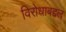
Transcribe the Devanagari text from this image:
विरोधाबद्दल